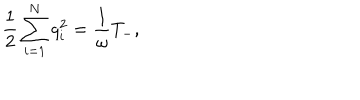
\frac { 1 } { 2 } \sum _ { i = 1 } ^ { N } q _ { i } ^ { 2 } = \frac { 1 } { \omega } T _ { - } ,